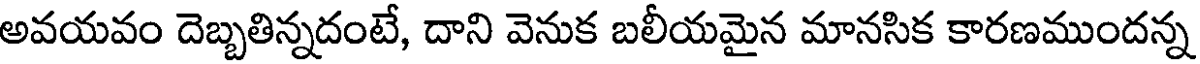
అవయవం దెబ్బతిన్నదంటే, దాని వెనుక బలీయమైన మానసిక కారణముందన్న